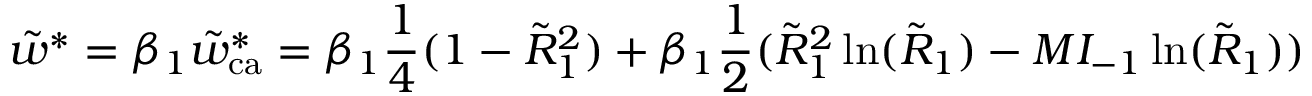
\tilde { w } ^ { * } = \beta _ { 1 } \tilde { w } _ { \mathrm { c a } } ^ { * } = \beta _ { 1 } \frac { 1 } { 4 } ( 1 - \tilde { R } _ { 1 } ^ { 2 } ) + \beta _ { 1 } \frac { 1 } { 2 } ( \tilde { R } _ { 1 } ^ { 2 } \ln ( \tilde { R } _ { 1 } ) - M I _ { - 1 } \ln ( \tilde { R } _ { 1 } ) )